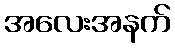
အလေးအနက်